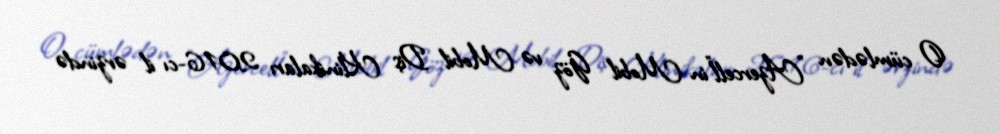
O cümlədən "Azercell"in Mobil Göz və Mobil Diş Klinikaları 2016-cı il ərzində